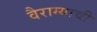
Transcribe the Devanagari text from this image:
वैराग्‍याची